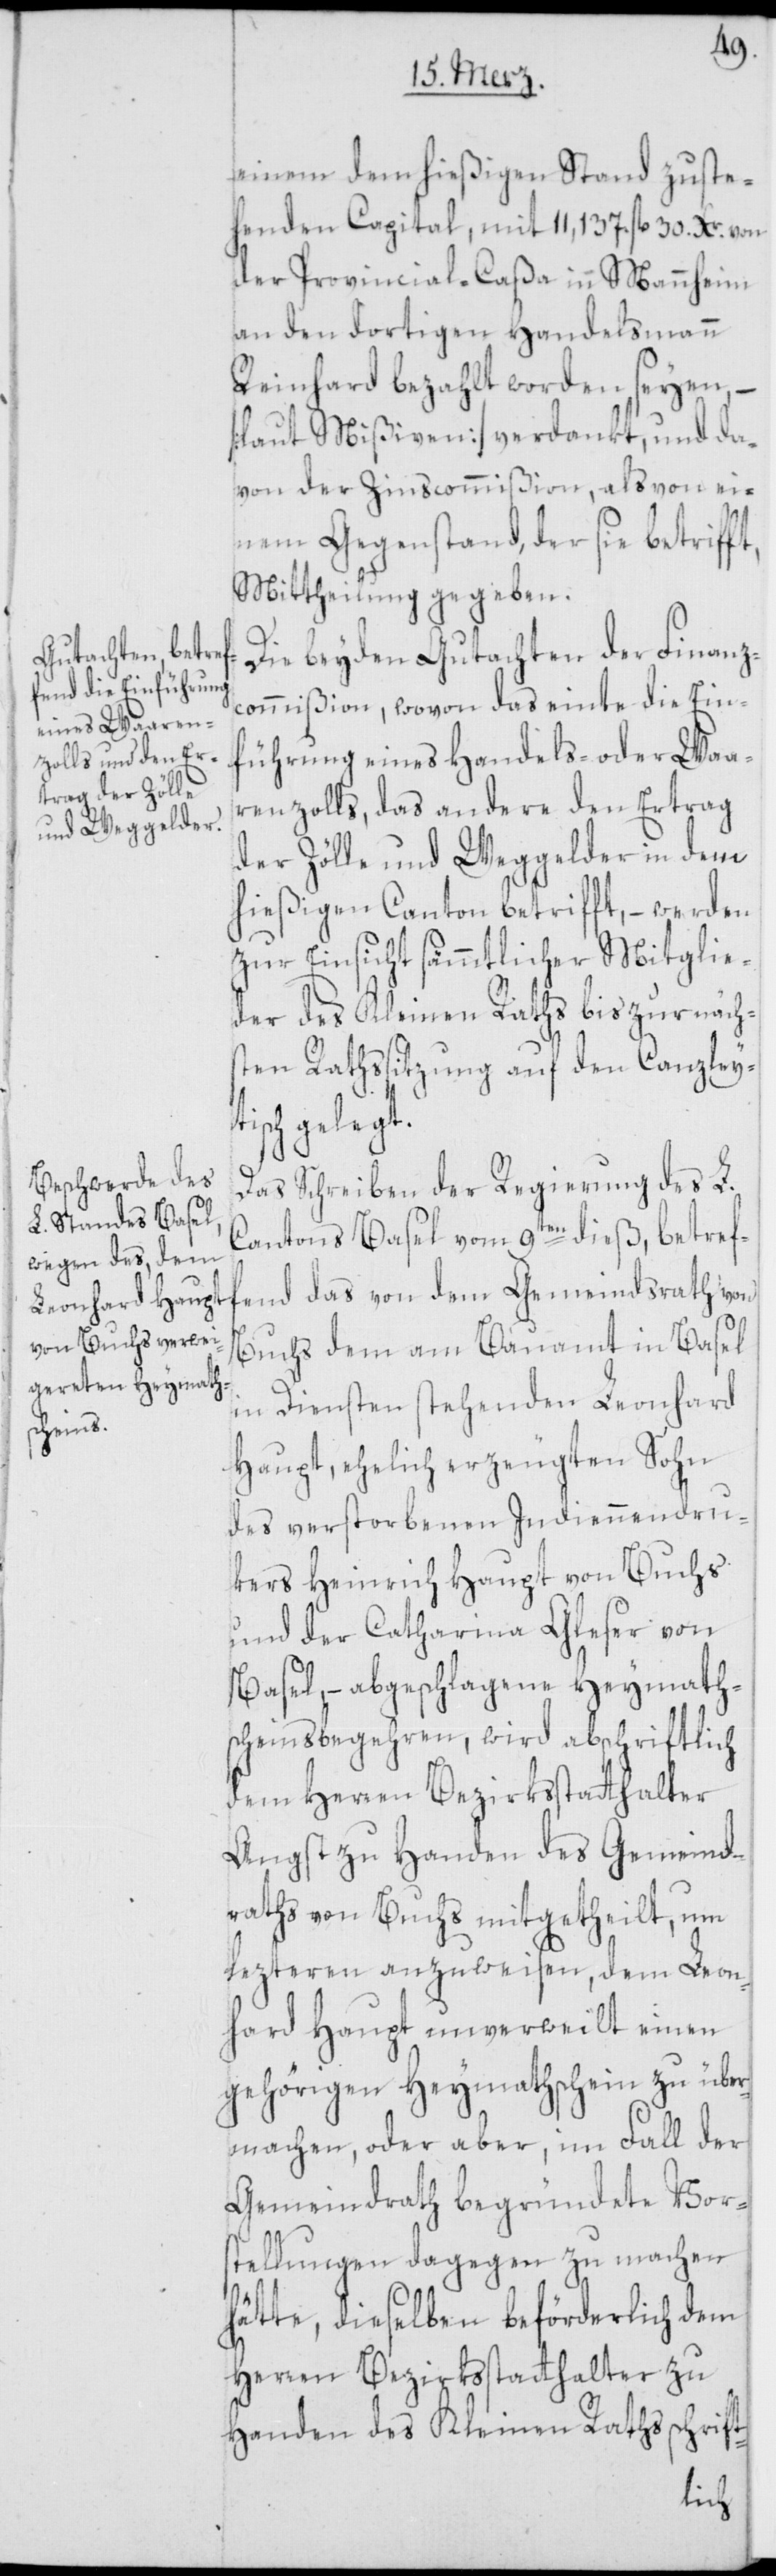
einem dem hießigen Stand zuste¬
henden Capital, mit 11,137. fl. 30 Xr. von
der Provincial-Caßa in Mannheim
an den dortigen Handelsmann
Reinhard bezahlt worden seyen,
[laut Mißiven] verdankt, und da¬
von der Zinscommißion, als von ei¬
nem Gegenstand, der sie betrifft,
Mittheilung gegeben.
Die beyden Gutachten der Finanz¬
commißion, wovon das einte die Ein¬
führung eines Handels- oder Waa¬
renzolls, das andere den Ertrag
der Zölle und Weggelder in dem
hießigen Canton betrifft, – werden
zur Einsicht sämmtlicher Mitglie¬
der des Kleinen Raths bis zur näch¬
sten Rathssitzung auf den Canzleyt¬
isch gelegt.
Das Schreiben der Regierung des L.
Cantons Basel vom 9ten dieß, betref¬
fend das von dem Gemeindrath von
Buchs dem am Bauamt in Basel
in Diensten stehenden Leonhard
Haupt, ehelich erzeugten Sohn
des verstorbenen Indiennendru¬
kers Heinrich Haupt von Buchs
und der Catharina Gleser von
Basel, – abgeschlagene Heymath¬
scheinsbegehren, wird abschriftlich
dem Herren Bezirksstatthalter
Angst zu Handen des Gemeind¬
raths von Buchs mitgetheilt, um
lezteren anzuweisen, dem Leon¬
hard Haupt unverweilt einen
gehörigen Heymathschein zu über¬
machen, oder aber, im Fall der
Gemeindrath begründete Vor¬
stellungen dagegen zu machen
hätte, dieselben beförderlich dem
Herren Bezirksstatthalter zu
Handen des Kleinen Raths schrift-